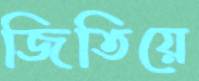
জিতিয়ে